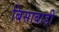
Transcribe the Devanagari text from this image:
बिसाबाडी